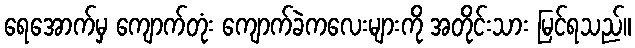
ရေအောက်မှ ကျောက်တုံး ကျောက်ခဲကလေးများကို အတိုင်းသား မြင်ရသည်။